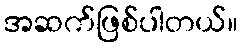
အဆက်ဖြစ်ပါတယ်။